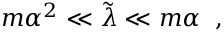
m \alpha ^ { 2 } \ll \tilde { \lambda } \ll m \alpha \; \; ,